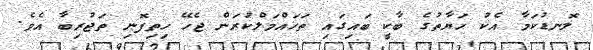
ލޮނޑުކަމާ އެކު ހަޔާތުގެ ބާކީ ބައިގައި ތަހައްމަލްކުރަން ޖެހޭ ހިތިފޮނި ތަޖުރިބާ އެވެ.